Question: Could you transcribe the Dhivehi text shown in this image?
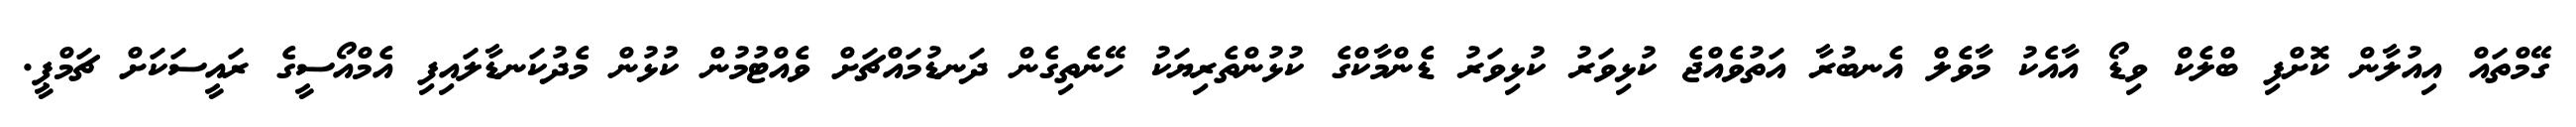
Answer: ގޭމްތައް އިއުލާން ކޮށްފި ބްލެކް ވިޑޯ އާއެކު މާވެލް އެނބުރާ އަތުވެއްޖެ ކުޅިވަރު ކުޅިވަރު ޑެންމާކްގެ ކުޅުންތެރިޔަކު ހޭނެތިގެން ދަނޑުމައްޗަށް ވެއްޓުމުން ކުޅުން މެދުކަނޑާލައިފި އެމްއޯސީގެ ރައީސަކަށް ޗަމްޕީ.